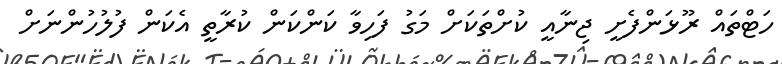
ހަޓްތައް ރޫޅަންފެށީ ޖިނާއީ ކުށްތަކަށް މަގު ފަހިވާ ކަންކަން ކުރާތީ އެކަން ފުލުހުންނަށް